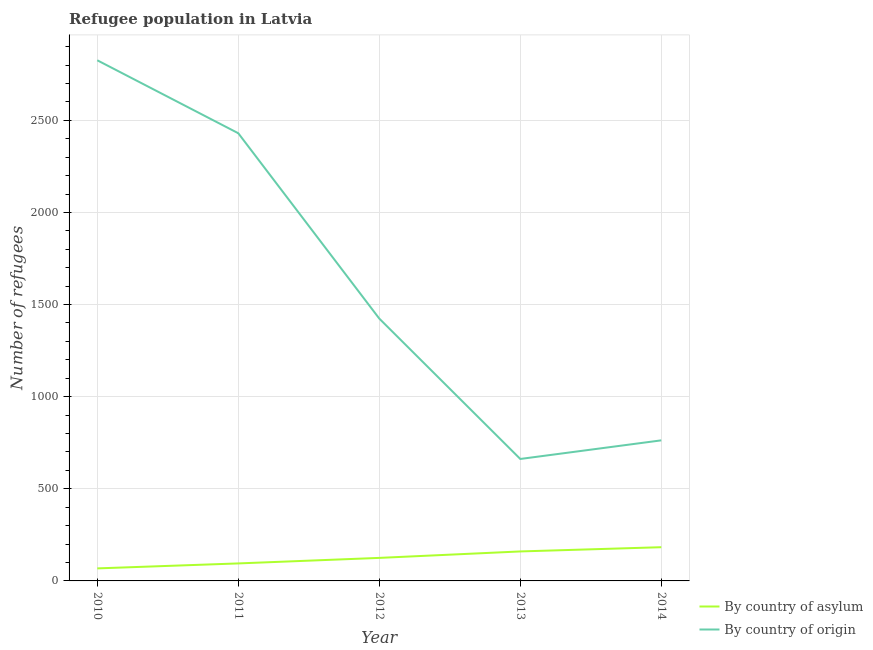
| Year | By country of asylum | By country of origin |
 | --- | --- | --- |
 | 2010 | 68 | 2.83e+03 |
 | 2011 | 95 | 2.43e+03 |
 | 2012 | 125 | 1.42e+03 |
 | 2013 | 160 | 662 |
 | 2014 | 183 | 763 |